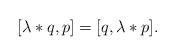
LaTeX: \begin{align*} [\lambda*q,p] = [q, \lambda*p].\end{align*}